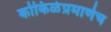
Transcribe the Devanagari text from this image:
कोकिळेप्रमाणेच